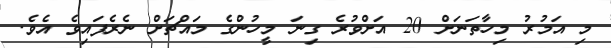
މި އަމުރު މިހާތަނަށް 20 އަށްވުރެ ގިނަ މީހުންގެ މައްޗަށް ނެރެފައިވެ އެވެ.